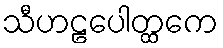
သီဟဠပေါတ္ထကေ